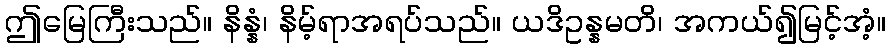
ဤမြေကြီးသည်။ နိန္နံ၊ နိမ့်ရာအရပ်သည်။ ယဒိဥန္နမတိ၊ အကယ်၍မြင့်အံ့။